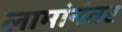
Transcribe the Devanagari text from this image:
लामांनंतर